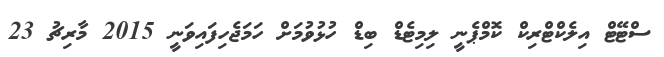
ސްޓޭޓް އިލެކްޓްރިކް ކޮމްޕެނީ ލިމިޓެޑް ބިޑް ހުޅުވުމަށް ހަމަޖެހިފައިވަނީ 2015 މާރިޗު 23